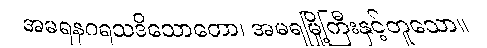
အမရနဂရသဒိသောတော၊ အမရမြို့ကြီးနှင့်တူသော။